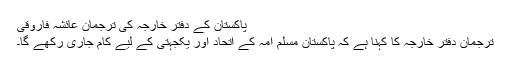
پاکستان کے دفتر خارجہ کی ترجمان عائشہ فاروقی
ترجمان دفتر خارجہ کا کہنا ہے کہ پاکستان مسلم امہ کے اتحاد اور یکجہتی کے لیے کام جاری رکھے گا۔